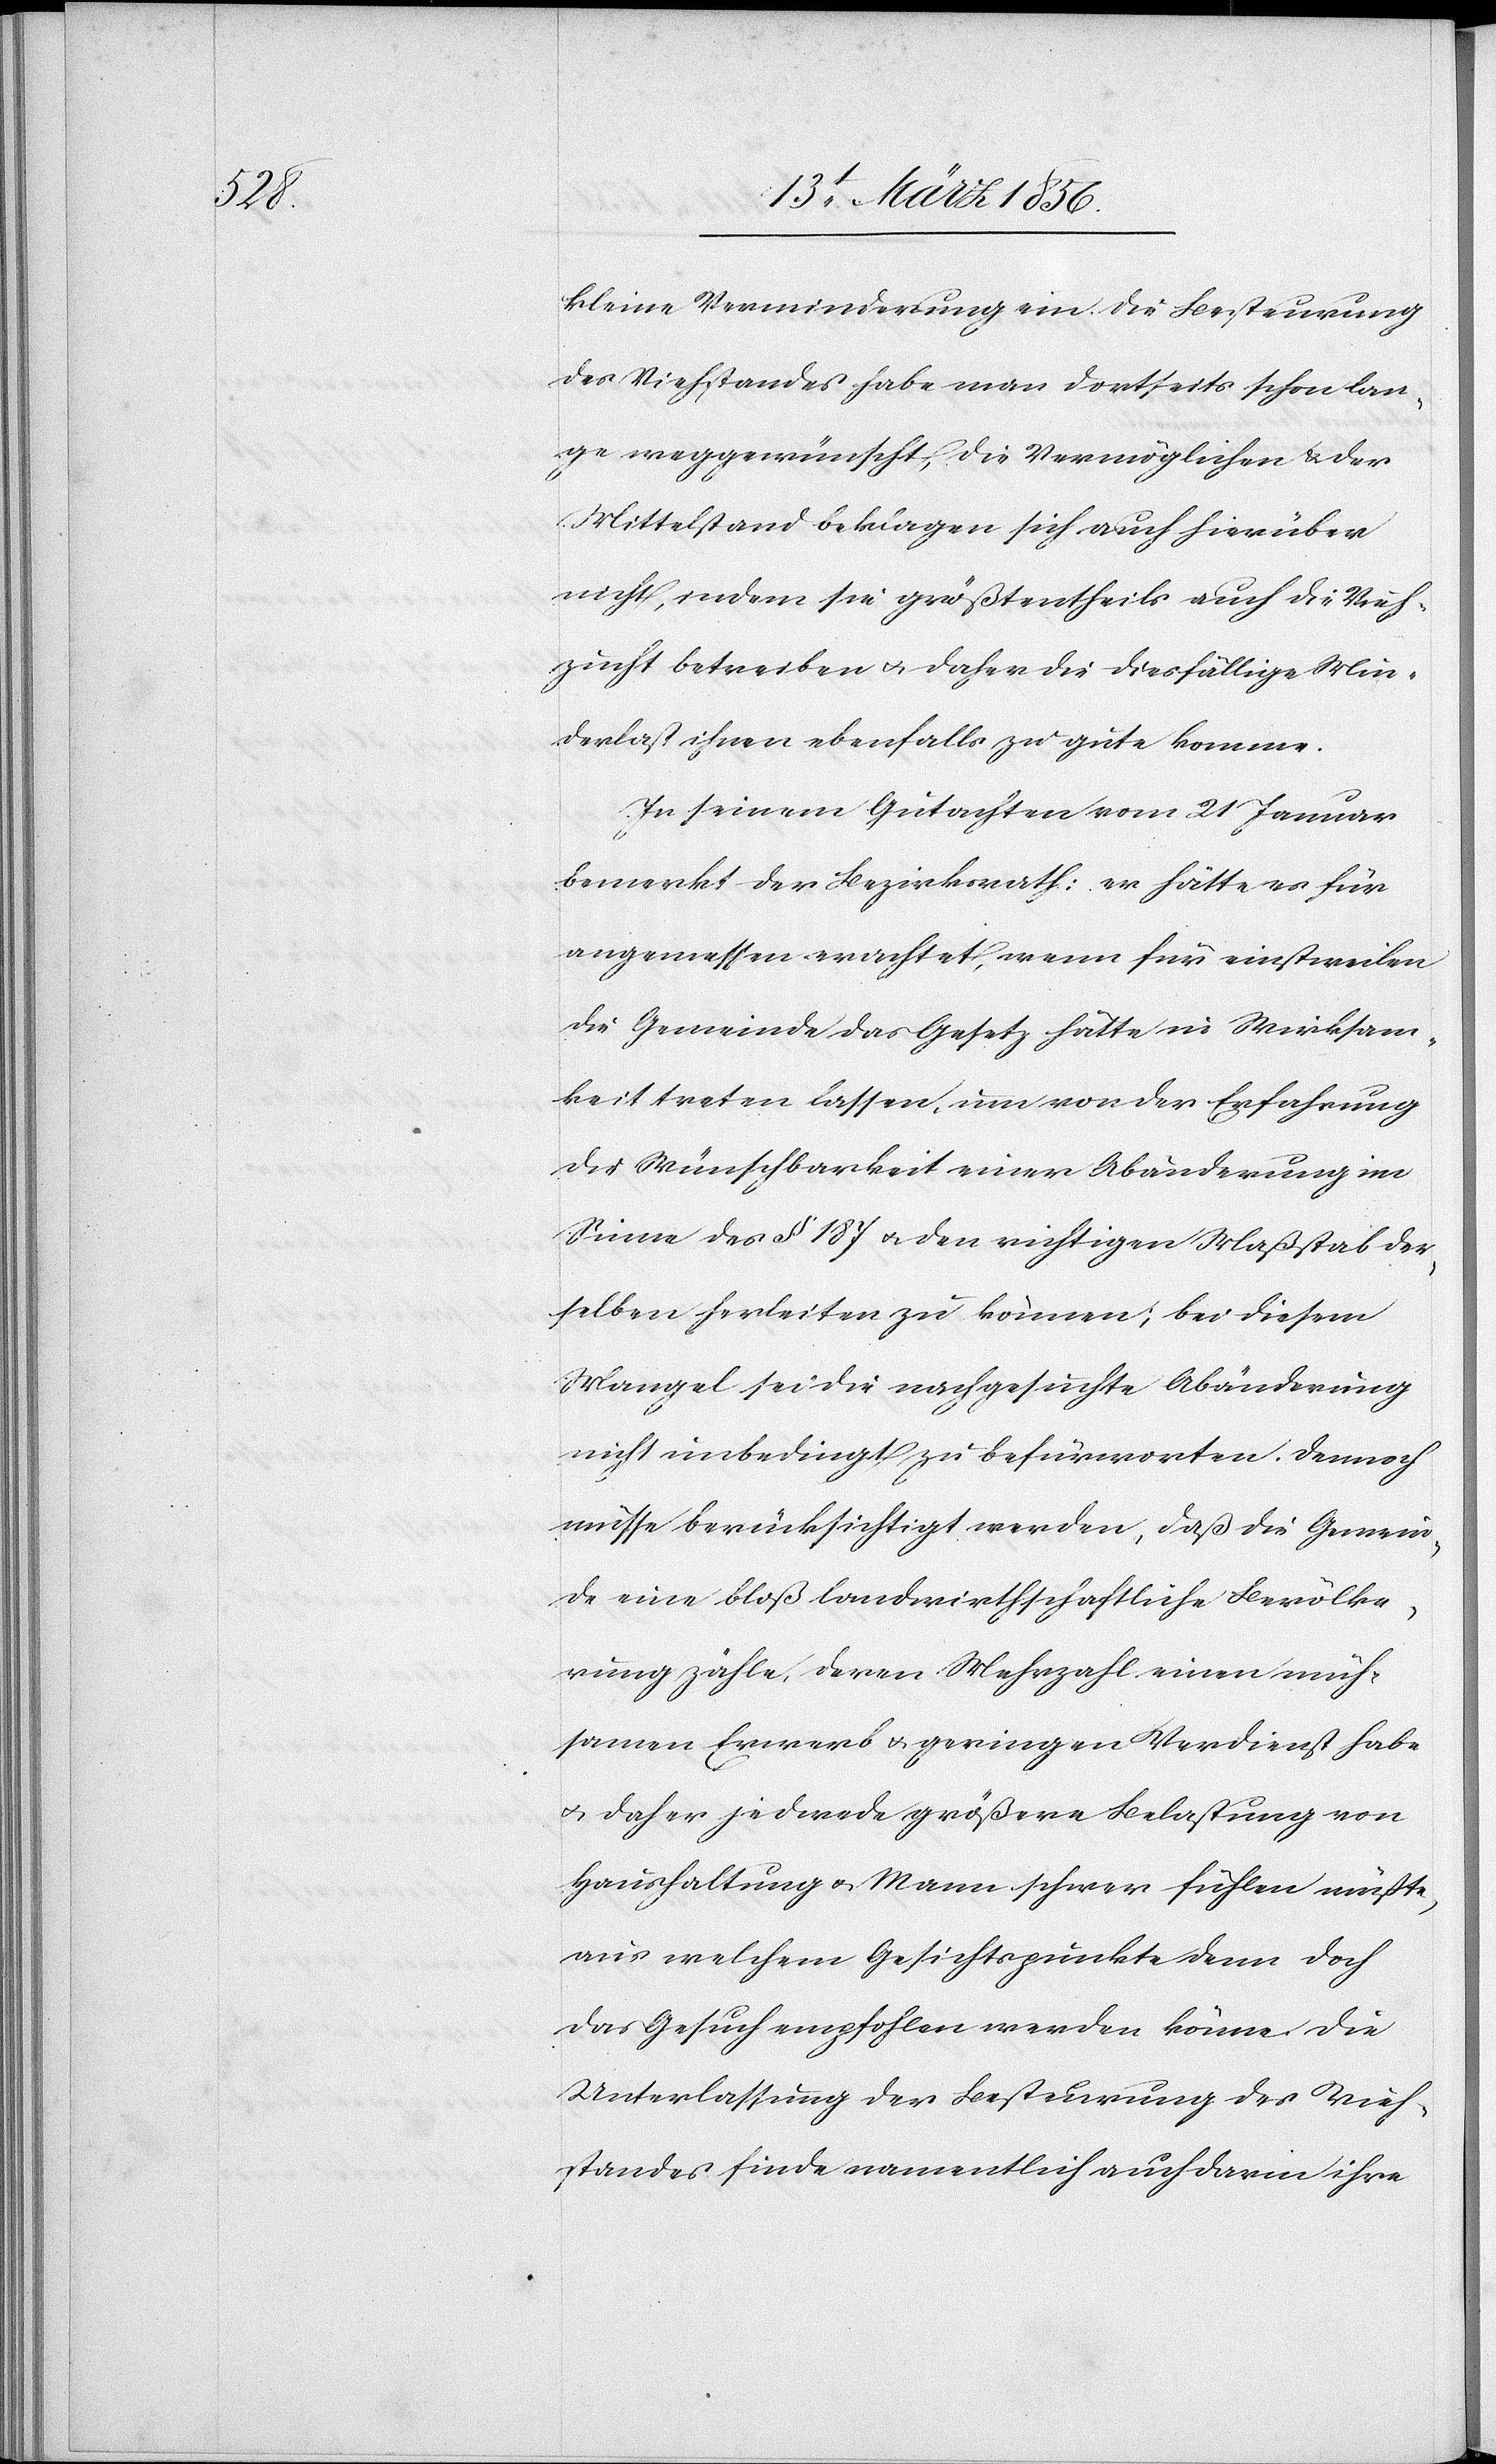
kleine Verminderung ein. Die Besteurung
des Viehstandes habe man dortseits schon lan¬
ge weggewünscht, die Vermöglichen & der
Mittelstand beklagen sich auch hierüber
nicht, indem sie größtentheils auch die Vieh¬
zucht betreiben u. daher die diesfällige Min¬
derlast ihnen ebenfalls zu gute komme.
In seinem Gutachten vom 21 Januar
bemerkt der Bezirksrath: er hätte es für
angemessen erachtet, wenn für einstweilen
die Gemeinde das Gesetz hätte in Wirksam¬
keit treten lassen, um von der Erfahrung
der Wünschbarkeit einer Abänderung im
Sinne des § 187 u. den richtigen Maßstab der¬
selben herleiten zu können; bei diesem
Mangel sei die nachgesuchte Abänderung
nicht unbedingt zu befürworten. Dennoch
müsse berücksichtigt werden, daß die Gemein¬
de eine bloß landwirthschaftliche Bevölke¬
rung zähle, deren Mehrzahl einen müh¬
samen Erwerb & geringen Verdienst habe
u. daher jedwede größere Belastung von
Haushaltung & Mann schwer fühlen müßte,
aus welchem Gesichtspunkte denn doch
das Gesuch empfohlen werden könne. Die
Unterlassung der Besteurung des Vieh¬
standes finde namentlich darin ihre